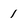
Character: 1